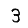
Digit: 3